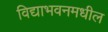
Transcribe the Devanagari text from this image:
विद्याभवनमधील